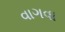
વાગવા